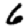
Digit: 6